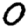
Digit: 0